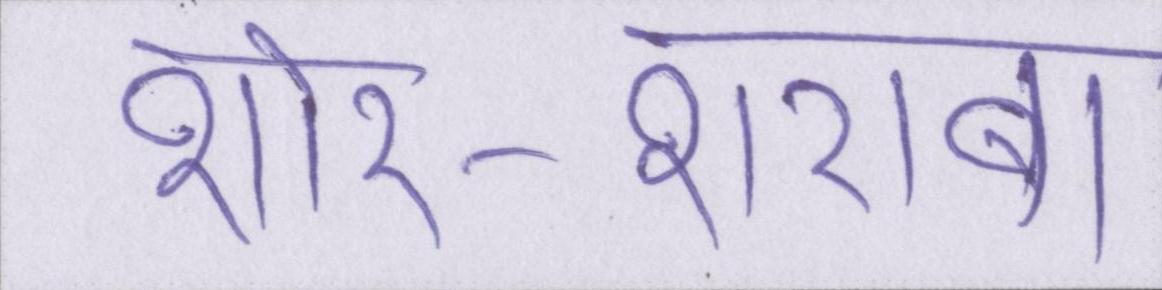
शोर-शराबा